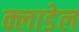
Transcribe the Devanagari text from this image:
क्लाडेल